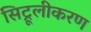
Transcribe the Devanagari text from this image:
सिट्रूलीकरण